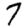
Digit: 7